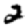
Digit: 2